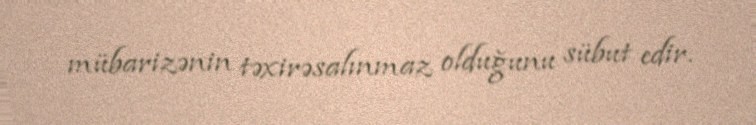
mübarizənin təxirəsalınmaz olduğunu sübut edir.